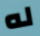
له